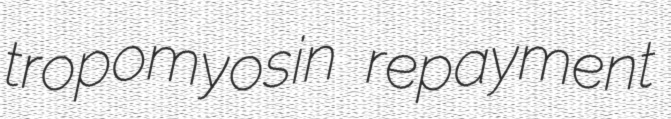
tropomyosin repayment